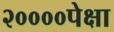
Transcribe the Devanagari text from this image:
२००००पेक्षा